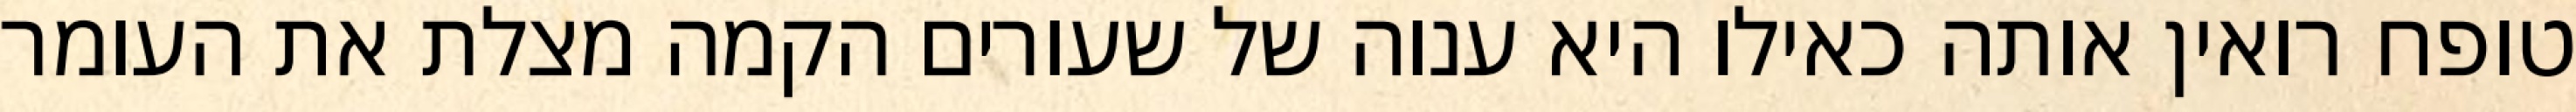
טופח רואין אותה כאילו היא ענוה של שעורים הקמה מצלת את העומר